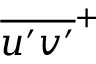
\overline { { u ^ { \prime } v ^ { \prime } } } ^ { + }